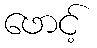
ဖောင့်